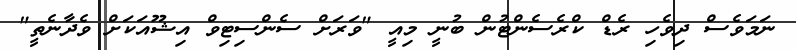
ނަމަވެސް ދިވެހި ރެޑް ކްރެސެންޓުން ބުނީ މިއީ "ވަރަށް ސެންސިޓިވް އިޝޫއަކަށް ވެދާނެތީ"